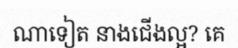
ណាទៀត នាងជើងល្អ? គេ